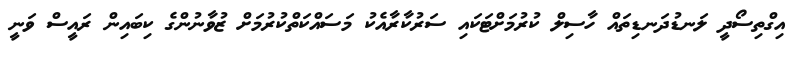
އިގްތިސޯދީ ލަނޑުދަނޑިތައް ހާސިލް ކުރުމަށްޓަކައި ސަރުކާރާއެކު މަސައްކަތްކުރުމަށް ޒުވާނުންގެ ކިބައިން ރައީސް ވަނީ